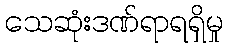
သေဆုံးဒဏ်ရာရရှိမှု